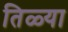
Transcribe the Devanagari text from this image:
तिळ्या